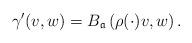
LaTeX: \begin{align*}\gamma'(v,w)=B_{\mathfrak a}\left(\rho(\cdot)v,w \right).\end{align*}